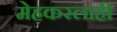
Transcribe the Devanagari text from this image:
मेहकरलाही